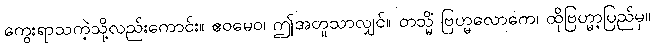
ကွေးရာသကဲ့သို့လည်းကောင်း။ ဧဝမေဝ၊ ဤအတူသာလျှင်။ တသ္မိံ ဗြဟ္မလောကေ၊ ထိုဗြဟ္မာ့ပြည်မှ။